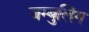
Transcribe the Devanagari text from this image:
जम्बुलिंग